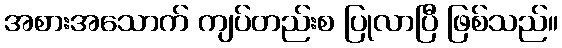
အစားအသောက် ကျပ်တည်းစ ပြုလာပြီ ဖြစ်သည်။